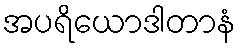
အပရိယောဒါတာနံ